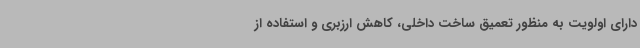
دارای اولویت به منظور تعمیق ساخت داخلی، کاهش ارزبری و استفاده از